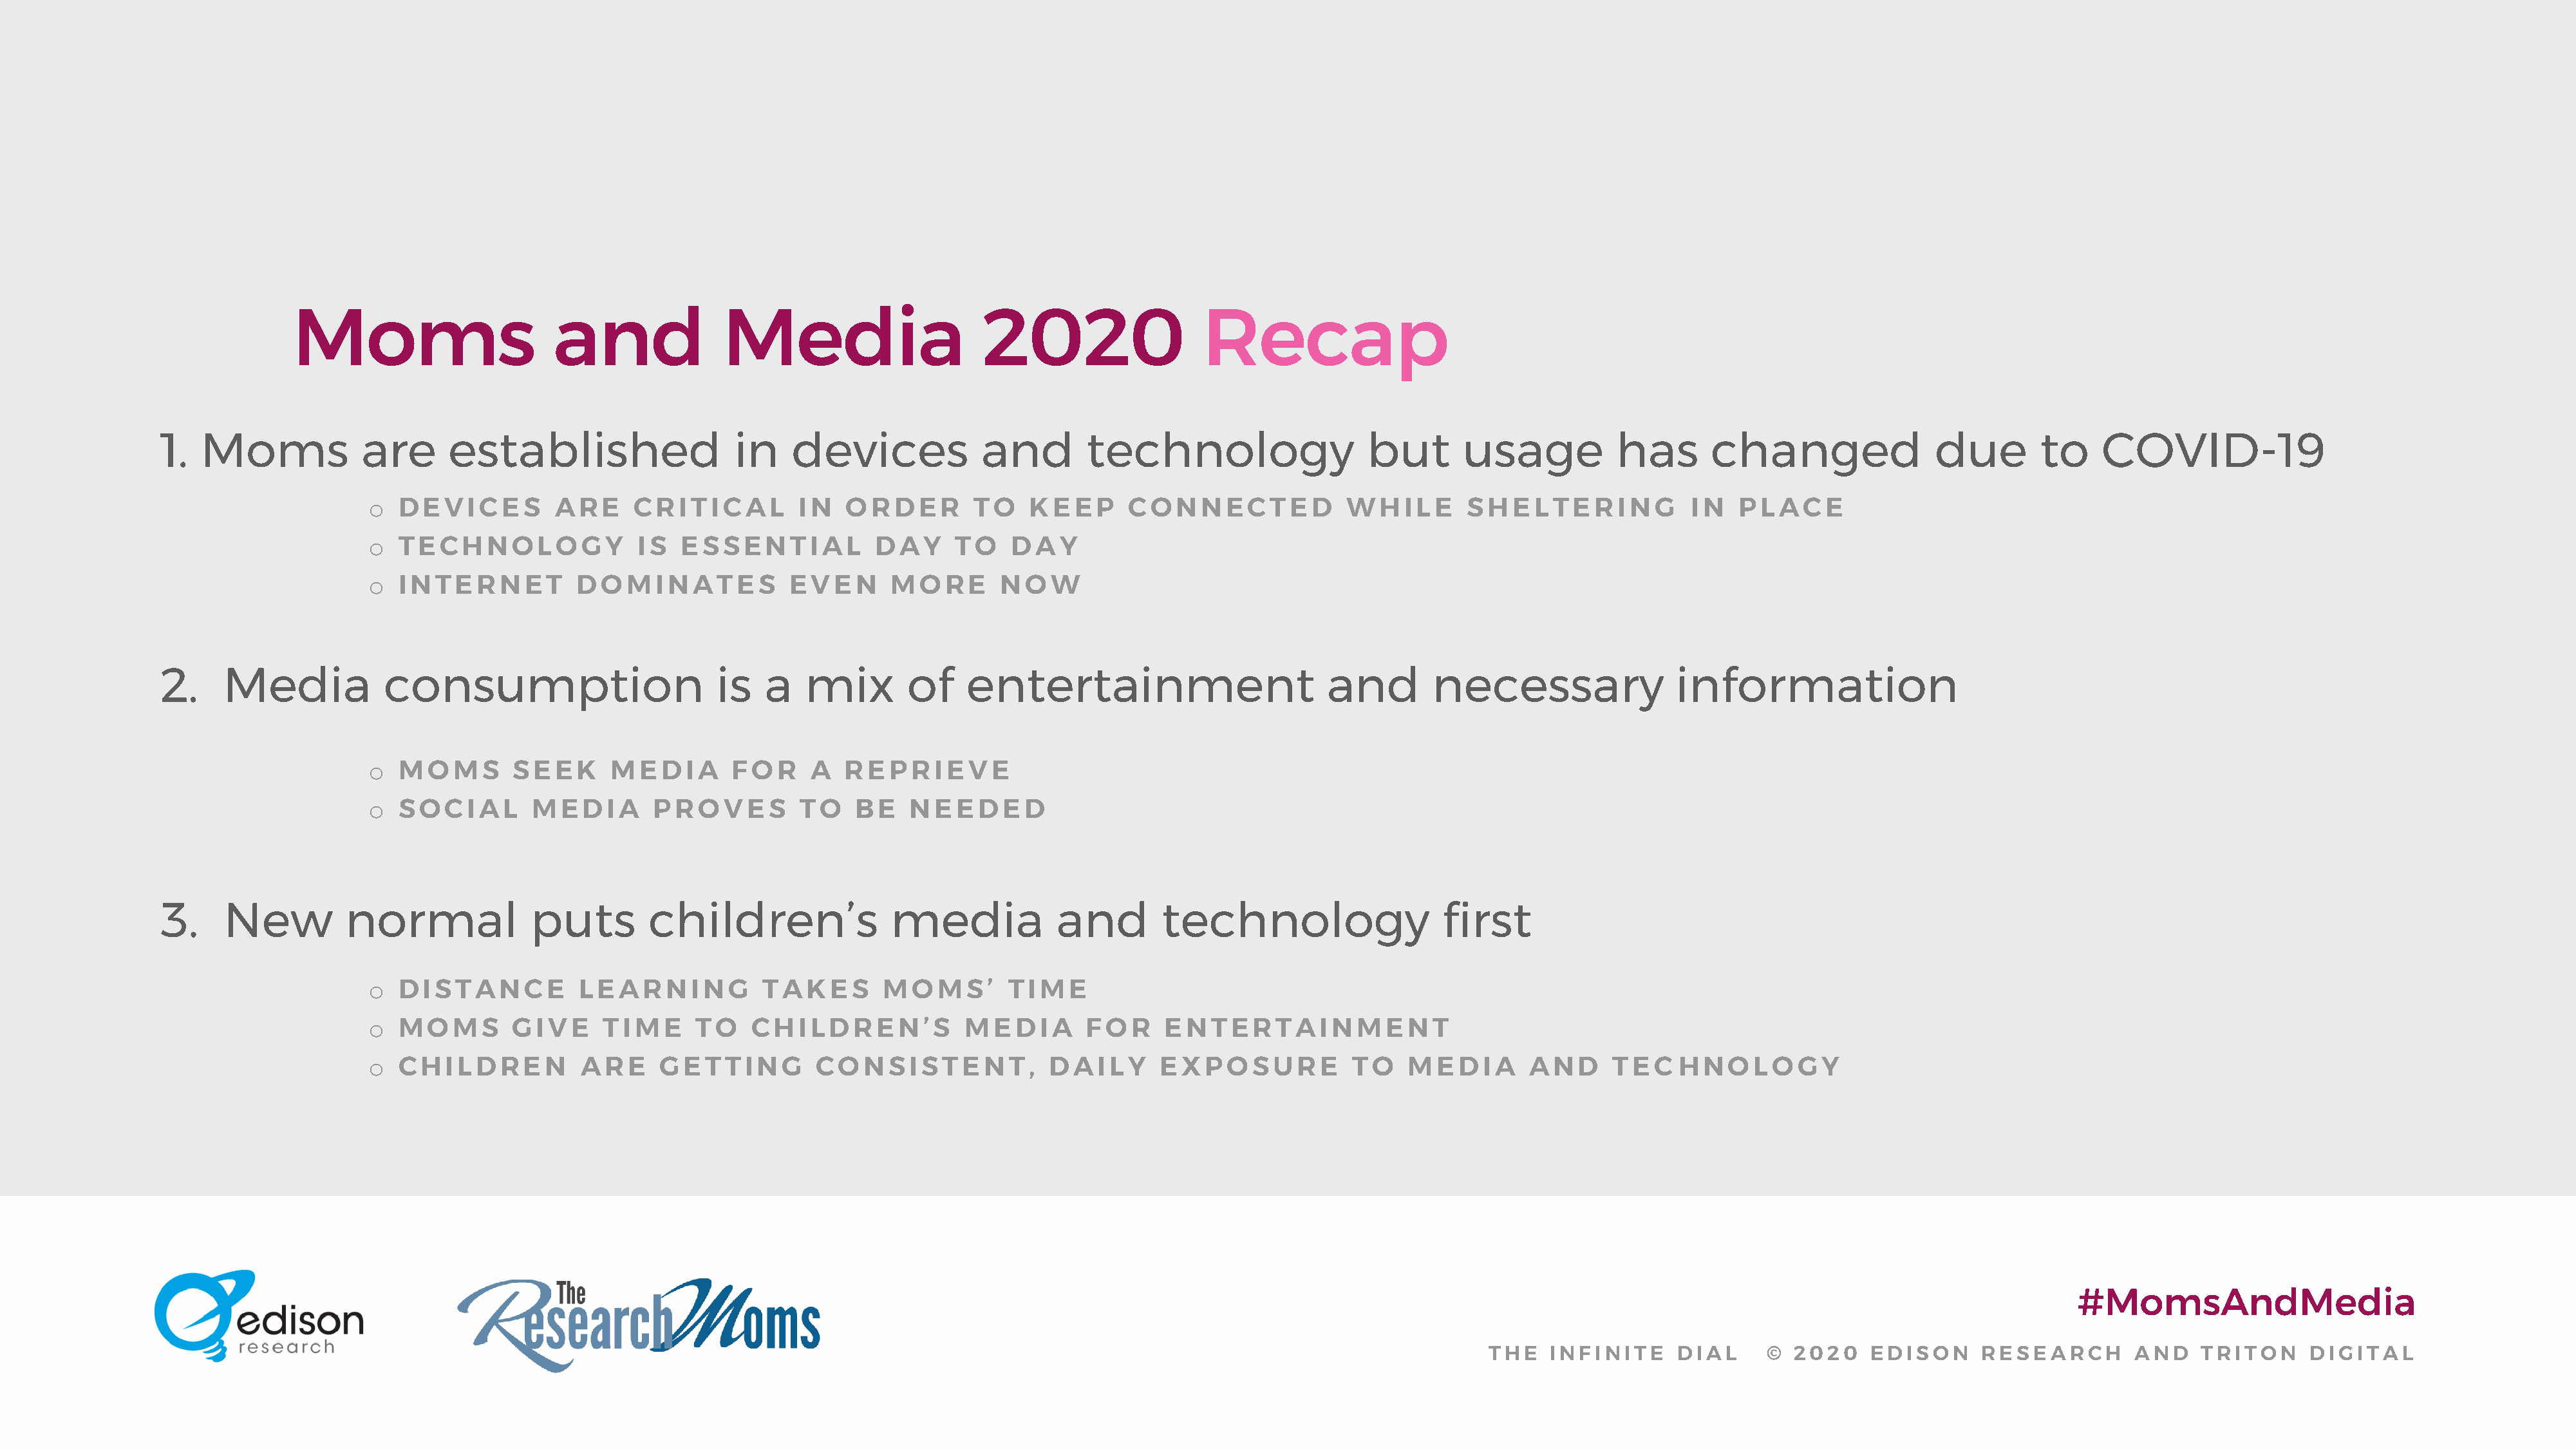
Moms                       and              Media                      2020                   Recap
 1.   Moms            are      established                  in    devices             and        technology                   but      usage           has       changed                due        to    COVID-19
 o  DEVICES         ARE     CRITICAL         IN   ORDER        TO    KEEP      CONNECTED             WHILE        SHELTERING             IN   PLACE
 o  TECHNOLOGY               IS  ESSENTIAL           DAY     TO    DAY
 o  INTERNET          DOMINATES             EVEN       MORE       NOW
 2.     Media           consumption                        is   a   mix       of    entertainment                        and        necessary                information
 o  MOMS        SEEK      MEDIA       FOR     A   REPRIEVE
 o  SOCIAL        MEDIA       PROVES         TO    BE    NEEDED
 3.     New         normal              puts        children’s               media            and       technology                   first
 o  DISTANCE           LEARNING          TAKES        MOMS’        TIME
 o  MOMS        GIVE     TIME      TO   CHILDREN’S            MEDIA        FOR     ENTERTAINMENT
 o  CHILDREN           ARE     GETTING         CONSISTENT,             DAILY      EXPOSURE            TO    MEDIA       AND      TEC    HNOLOGY
 #MomsAndMedia
 THE   INFINITE     DIAL      © 2020    EDISON      RESEARCH       AND    TRITON     DIGITAL